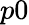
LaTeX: p0